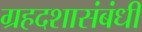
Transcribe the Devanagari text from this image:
ग्रहदशासंबंधी